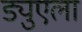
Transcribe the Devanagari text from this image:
ड्युएला